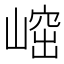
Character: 𡺴